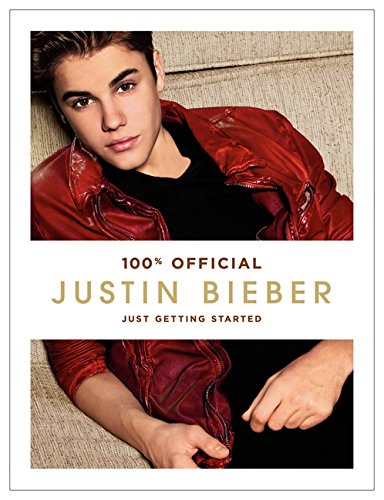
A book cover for Justin Bieber: Just Getting Started; Justin Bieber; Children's Books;